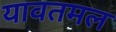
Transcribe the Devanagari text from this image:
यावतमल